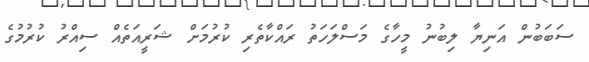
ސަބަބުން އަނިޔާ ލިބުނު މީހާގެ މަސްލަހަތު ރައްކާތެރި ކުރުމަށް ޝަރީއަތެއް ސިއްރު ކުރުމުގެ